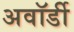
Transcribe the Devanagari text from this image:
अवॉर्डी